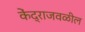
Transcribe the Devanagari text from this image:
केंद्राजवळील